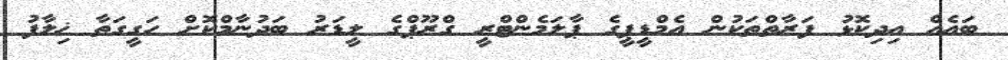
ބައެއް އިދިކޮޅު ފަރާތްތަކުން އެމްޑީޕީގެ ޕާލަމެންޓްރީ ގްރޫޕްގެ ލީޑަރު ބަދުނާމްކޮށް ހަގީގަތާ ޚިލާފު